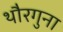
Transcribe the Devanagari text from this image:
थौरगुना